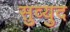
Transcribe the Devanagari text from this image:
सुव्युद